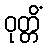
ဝုတ္တိံ